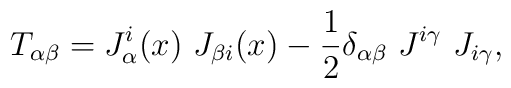
T_{\alpha \beta} = J_{\alpha}^{i}(x)~J_{\beta i}(x)-\frac{1}{2} \delta_{\alpha \beta}~J^{i\gamma}~J_{i \gamma},